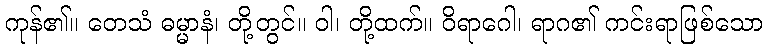
ကုန်၏။ တေသံ ဓမ္မာနံ၊ တို့တွင်။ ဝါ၊ တို့ထက်။ ဝိရာဂေါ၊ ရာဂ၏ ကင်းရာဖြစ်သော